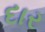
દાર